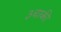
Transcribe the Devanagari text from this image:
३चाकी